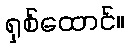
ရှစ်ထောင်။